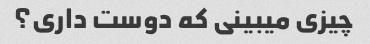
چیزی میبینی که دوست داری؟